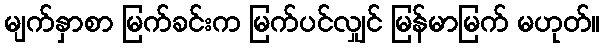
မျက်နှာစာ မြက်ခင်းက မြက်ပင်လျှင် မြန်မာမြက် မဟုတ်။